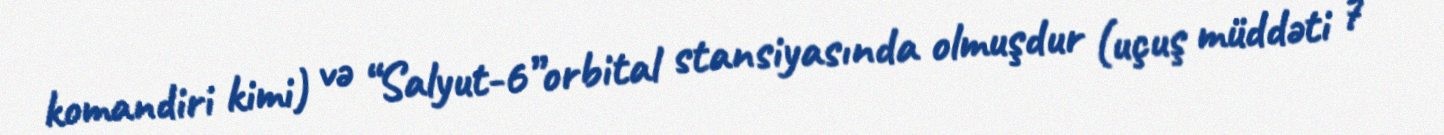
komandiri kimi) və “Salyut-6”orbital stansiyasında olmuşdur (uçuş müddəti 7